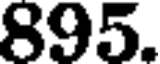
895.